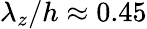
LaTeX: \lambda_{z}/h\approx 0.45